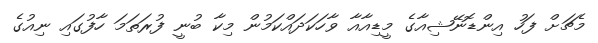
މެޗަށް ފަހު އިންޑޮނޭޝިއާގެ މީޑިއާއާ ވާހަކަދައްކަމުން މިކާ ބުނީ ފުރަތަމަ ހާފުގައި ނިއުގެ